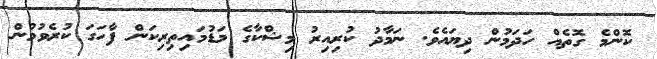
ކޮންމެ ގޮތެއް ހަދަމުން ދިޔައެވެ. ނަމާދު ކުރިއިރު މިޝްކާގެ މަޑުމައިތިރިކަން ފާހަގަ ކުރެވުމުން